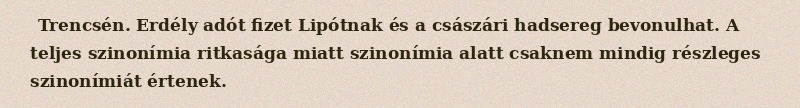
Trencsén. Erdély adót fizet Lipótnak és a császári hadsereg bevonulhat. A teljes szinonímia ritkasága miatt szinonímia alatt csaknem mindig részleges szinonímiát értenek.